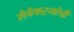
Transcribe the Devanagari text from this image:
सेवेकऱ्यांची